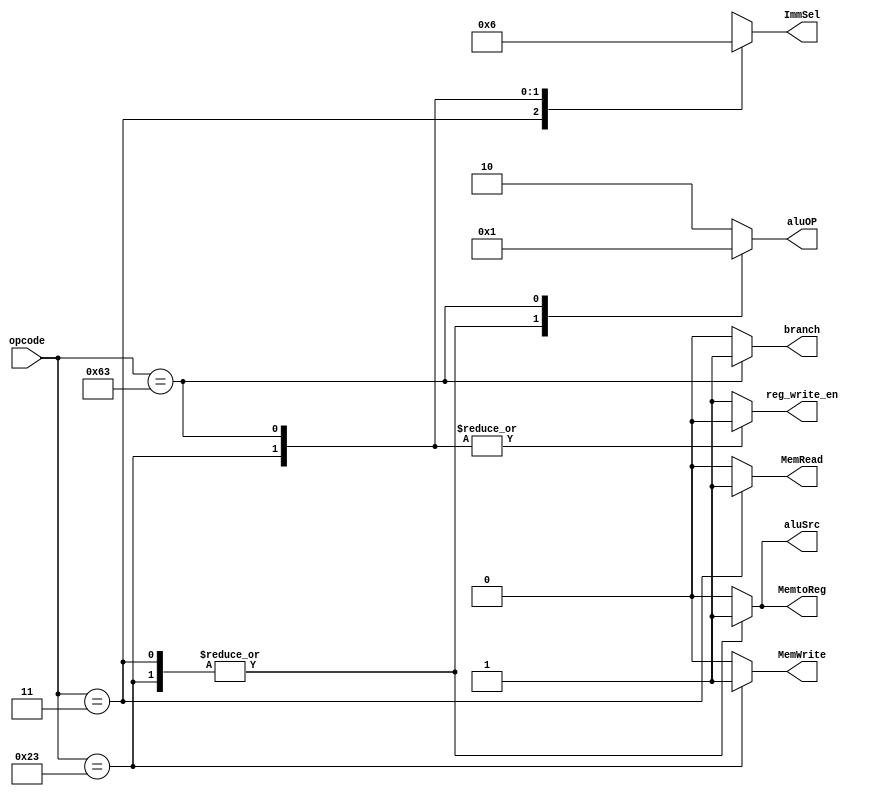
module control_unit
// IO ports
(
    input wire [6:0] opcode,
    output reg [1:0] ImmSel, aluOP,
    output reg reg_write_en, aluSrc, MemtoReg, MemRead, MemWrite, branch
);

// symbolic opcode representation
localparam [6:0]
           R_OP     = 7'b0110011,
           LOAD_OP  = 7'b0000011,
           STORE_OP = 7'b0100011,
           BEQ_OP   = 7'b1100011;

//body
always @*
begin
    case(opcode)

        R_OP:
            begin
                ImmSel = 2'bxx;
                reg_write_en = 1'b1;
                aluSrc = 1'b0;
                MemtoReg = 1'b0;
                aluOP = 2'b10;
                MemRead = 1'b0;
                MemWrite = 1'b0;
                branch = 1'b0; 
            end

        LOAD_OP:
            begin
                ImmSel = 2'b00;
                reg_write_en = 1'b1;
                aluSrc = 1'b1;
                MemtoReg = 1'b1;
                aluOP = 2'b00;
                MemRead = 1'b1;
                MemWrite = 1'b0;
                branch = 1'b0;                
            end

        STORE_OP:
            begin
                ImmSel = 2'b01;
                reg_write_en = 1'b0;
                aluSrc = 1'b1;
                MemtoReg = 1'b1;
                aluOP = 2'b00;
                MemRead = 1'b0;
                MemWrite = 1'b1;
                branch = 1'b0; 
            end

        BEQ_OP:
            begin
                ImmSel = 2'b10;
                reg_write_en = 1'b0;
                aluSrc = 1'b0;
                MemtoReg = 1'b0;
                aluOP = 2'b01;
                MemRead = 1'b0;
                MemWrite = 1'b0;
                branch = 1'b1;
            end
        
        default:
            begin
                ImmSel = 2'bxx;
                reg_write_en = 1'b1;
                aluSrc = 1'b0;
                MemtoReg = 1'b0;
                aluOP = 2'b10;
                MemRead = 1'b0;
                MemWrite = 1'b0;
                branch = 1'b0; 
            end

    endcase
end

endmodule